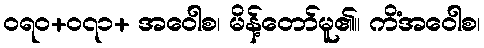
ဝရဝ+၀၇၁+ အဝေါစ၊ မိန့်တော်မူ၏။ ကိံအဝေါစ၊